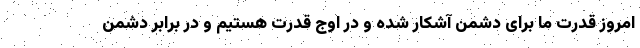
امروز قدرت ما برای دشمن آشکار شده و در اوج قدرت هستیم و در برابر دشمن